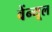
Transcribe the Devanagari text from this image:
वेंन्यूल